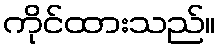
ကိုင်ထားသည်။